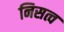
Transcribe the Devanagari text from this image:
निसत्व